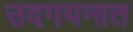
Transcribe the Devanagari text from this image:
उदगयनात